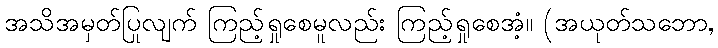
အသိအမှတ်ပြုလျက် ကြည့်ရှုစေမူလည်း ကြည့်ရှုစေအံ့။ (အယုတ်သဘော,